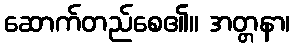
ဆောက်တည်စေ၏။ အတ္တနာ၊